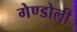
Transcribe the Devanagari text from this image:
गेण्डोली